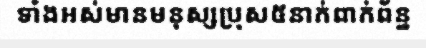
ទាំងអស់មានមនុស្សប្រុស៥នាក់ពាក់ព័ន្ឋ